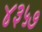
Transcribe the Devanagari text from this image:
४३५७